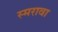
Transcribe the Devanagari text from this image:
स्मरावा